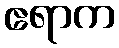
ဧရာက